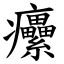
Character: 癳